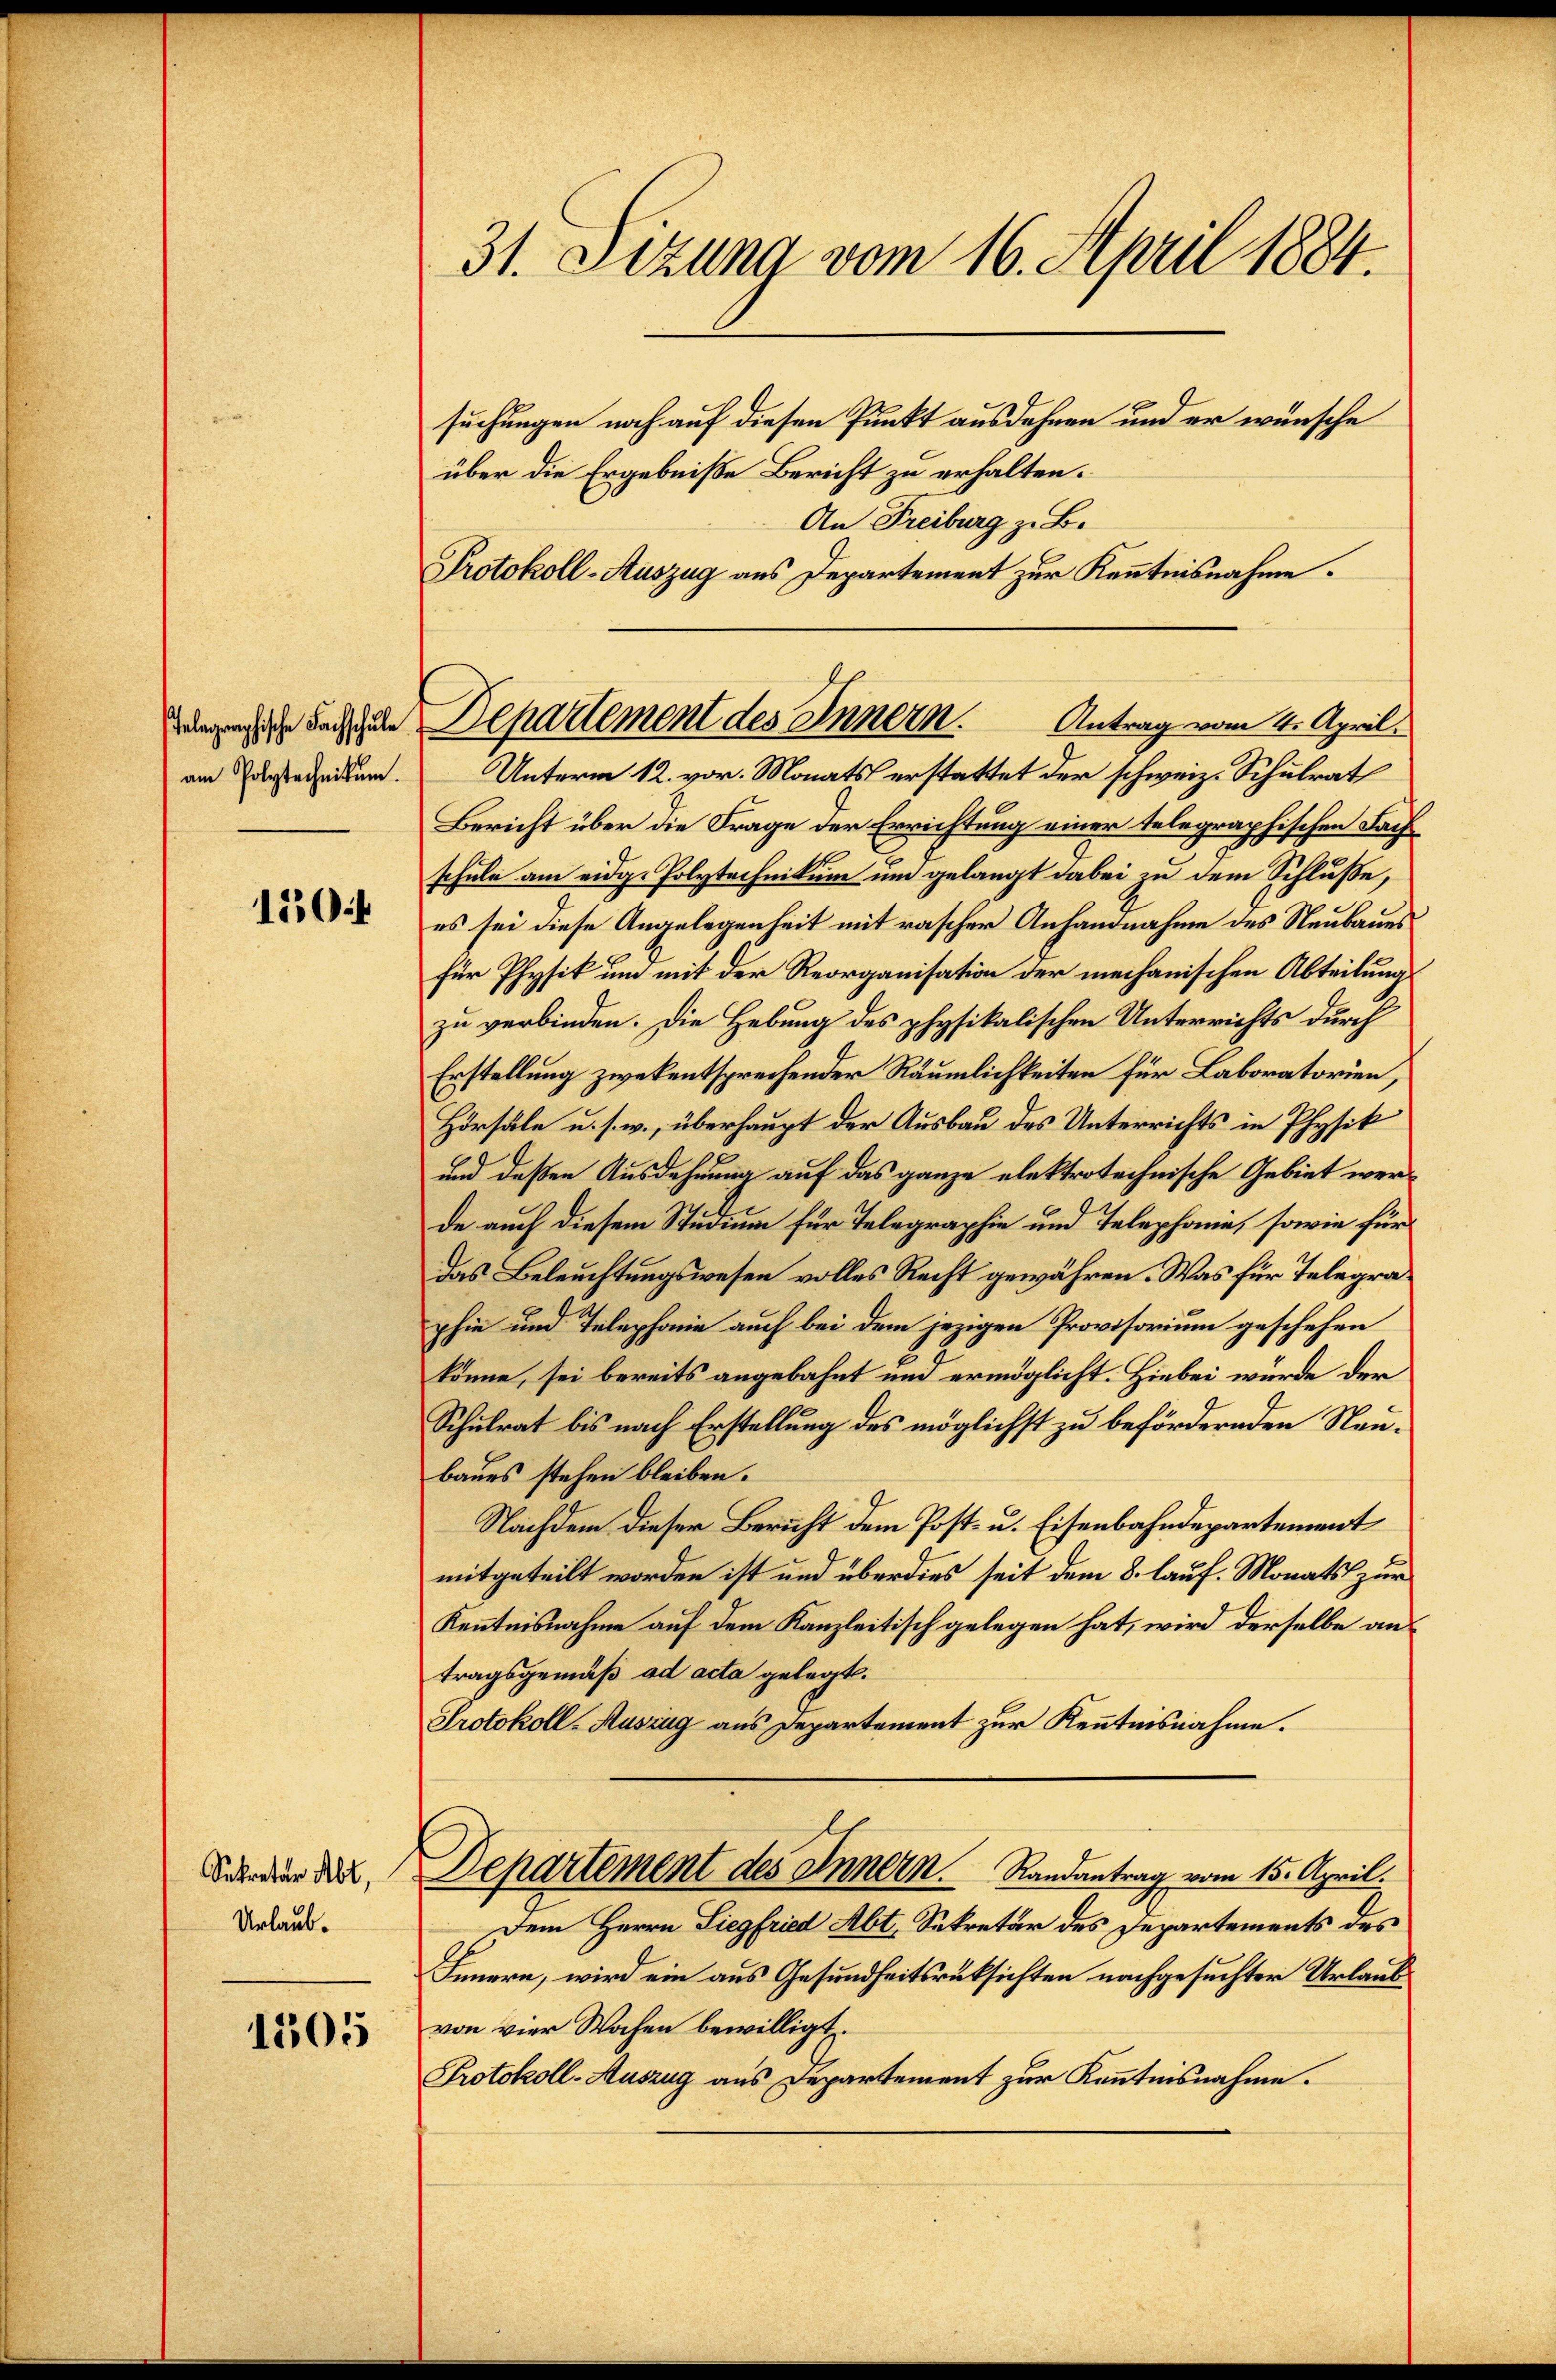
elagraphische Fachschule
am Polytechnikum.

150f

Sekretär Abt,
Urlaub.

1505

31. Jezuna vom 16. April 1884.
suchungen noch auf diesen Punkt ausdehnen und er wünsche
über die Ergebniße Bericht zu erhalten.
An Freiburg z. B.
Protokoll-Auszug aus Departement zur Kenntnisnahme.

Unterm 12. vor. Monats erstattet der schweiz. Schulrat
Bericht über die Frage der Errichtung einer telegraphischen Fache
schule am eidg. Polytechnikum um gelangt dabei zu dem Schluße,
es sei diese Angelegenheit mit rascher Anhandnahme des Neubaues
für Physik um mit der Reorganisation der mechanischen Abteilung
zu verbinden. Die Hebung des physikalischen Unterrichts durch
Erstellung zwekentsprechender Räumlichkeiten für Laboratorien,
Hörsäle u. s. w., überhaupt der Ausbau des Unterrichts in Physik
und deßen Ausdehnung auf das ganze elektrotechnische Gebiet werde auch diesem Studium für Telegraphie und Telephonie, sowie für
Das Beleuchtungswesen volles Recht gewähren. Was für Telegraphie und Telephonie auch bei dem jezigen Provisorium geschehen
könne, sei bereits angebahnt und ermöglicht. Hiebei würde der
Schulrat bis nach Erstellung des möglichst zu befördernden Neubaues stehen bleiben.
Nachdem dieser Bericht dem Post- u. Eisenbahndepartement
mitgeteilt worden ist und überdies seit dem 8. lauf. Monats zur
Kenntnisnahme auf dem Kanzleitisch gelegen hat, wird derselbe antragsgemäß ad acta gelegt.
Protokoll-Auszug aus Departement zur Kenntnisnahme.
Departement des Innern. Randantrag vom 15. April.
Dem Herrn Liegfried Abt. Sekretär des Departements des
Innern, wird ein aus Gesundheitsrüksichten nachgesuchter Urlaubvon vier Wochen bewilligt.
Protokoll-Auszug aus Departement zur Kenntnisnahme.

Departement des Innern.
Antrag vom 4. April.